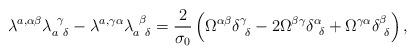
LaTeX: \begin{align*}\lambda^{a,\alpha \beta} \lambda_{a~\delta}^{~\gamma} - \lambda^{a,\gamma \alpha} \lambda_{a~\delta}^{~\beta} = \frac{2}{\sigma_{0}} \left(\Omega^{\alpha \beta} \delta^{\gamma}_{~\delta} - 2 \Omega^{\beta \gamma} \delta^{\alpha}_{~\delta} + \Omega^{\gamma \alpha} \delta^{\beta}_{~\delta}\right), \end{align*}